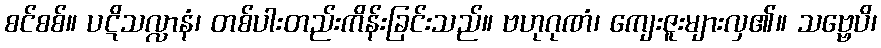
စင်စစ်။ ပဋိသလ္လာနံ၊ တစ်ပါးတည်းကိန်းခြင်းသည်။ ဗဟုဂုဏံ၊ ကျေးဇူးများလှ၏။ သဗ္ဗေပိ၊